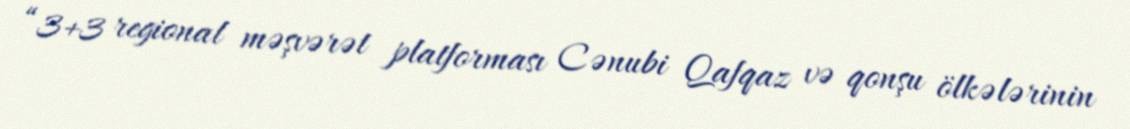
“3+3 regional məşvərət platforması Cənubi Qafqaz və qonşu ölkələrinin